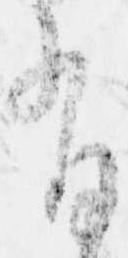
有